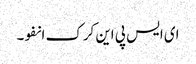
ای ایس پی این کرک انفو۔